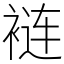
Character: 裢